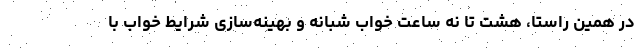
در همین راستا، هشت تا نه ساعت خواب شبانه و بهینه‌سازی شرایط خواب با